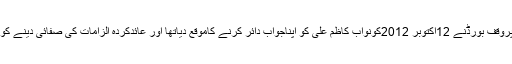
الٰہ آباد ہائی کورٹ کے احکامات پروقف بورڈنے 12اکتوبر 2012کونواب کاظم علی کو اپناجواب دائر کرنے کاموقع دیاتھا اور عائدکردہ الزامات کی صفائی دینے کوکہاتھا لیکن وہ اس میں ناکام رہے۔